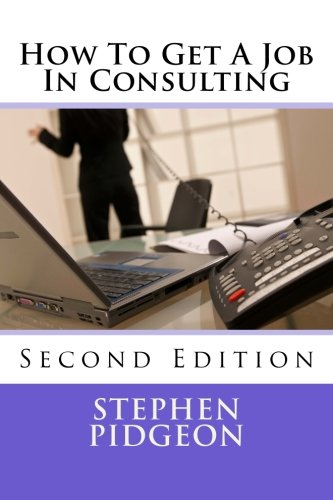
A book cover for How To Get A Job In Consulting: Second Edition; Stephen Pidgeon; Business & Money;